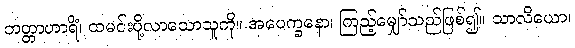
ဘတ္တာဟာရိံ၊ ထမင်းပို့လာသောသူကို။ အပေက္ခနော၊ ကြည့်မျှော်သည်ဖြစ်၍။ သာလိယော၊